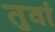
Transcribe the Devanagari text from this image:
तुवां